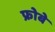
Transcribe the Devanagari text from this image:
फ्रोबे